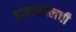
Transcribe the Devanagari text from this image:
हाताखालची